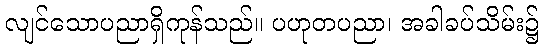
လျင်သောပညာရှိကုန်သည်။ ပဟုတပညာ၊ အခါခပ်သိမ်း၌